Vaccination in Bombay 1869-1873 - 1869-1873
Year: 1869
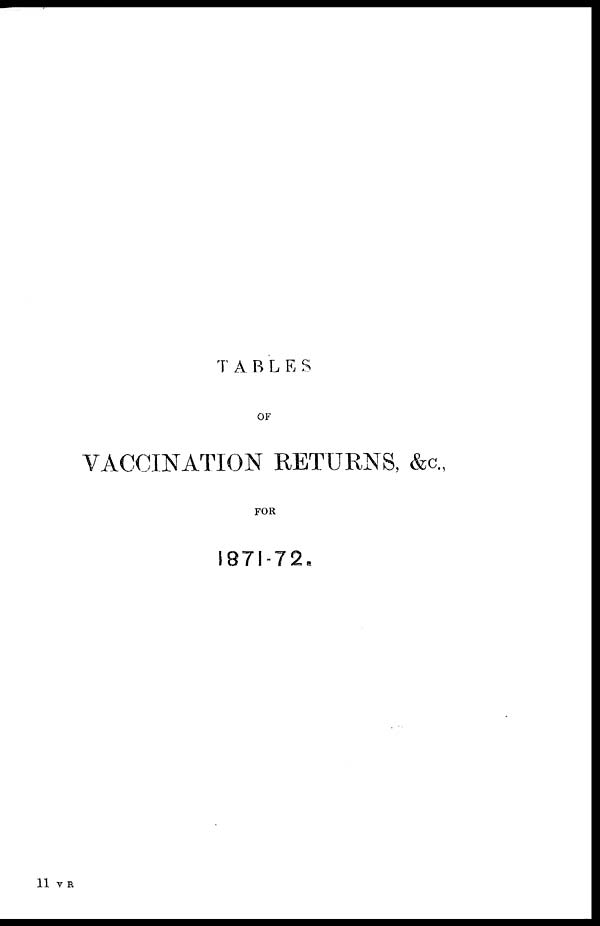
TABLES
OF
VACCINATION RETURNS, &c.,
FOR
1871-72.
11 V R